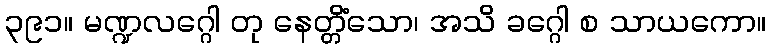
၃၉၁။ မဏ္ဍလဂ္ဂေါ တု နေတ္တိံသော၊ အသိ ခဂ္ဂေါ စ သာယကော။